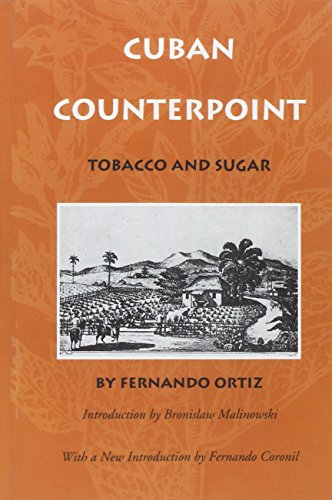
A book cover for Cuban Counterpoint: Tobacco and Sugar; Fernando Ortiz; Science & Math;